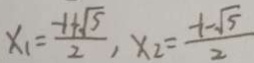
x _ { 1 } = \frac { - 1 + \sqrt { 5 } } { 2 } , x _ { 2 } = \frac { - 1 - \sqrt { 5 } } { 2 }